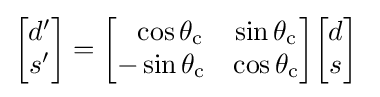
{\begin{bmatrix}d'\\s'\end{bmatrix}}={\begin{bmatrix}~~\cos {\theta _{\mathrm {c} }}&\sin {\theta _{\mathrm {c} }}\\-\sin {\theta _{\mathrm {c} }}&\cos {\theta _{\mathrm {c} }}\\\end{bmatrix}}{\begin{bmatrix}d\\s\end{bmatrix}}~